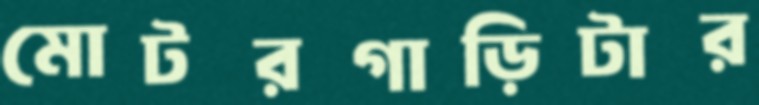
মোটরগাড়িটার